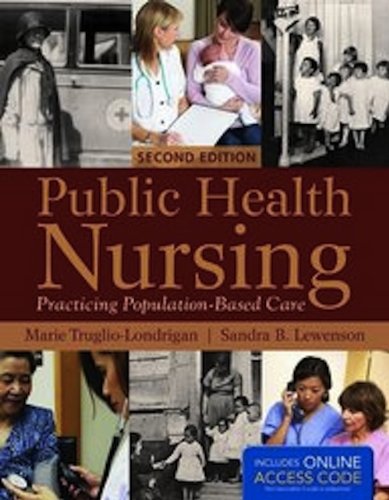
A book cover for Public Health Nursing: Practicing Population-Based Care; Marie Truglio-Londrigan; Medical Books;